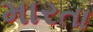
મારતા